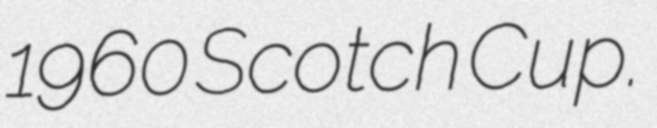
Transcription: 1960 Scotch Cup.